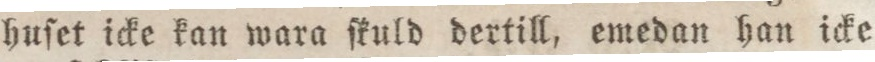
huſet icke kan wara ſkuld dertill, emedan han icke